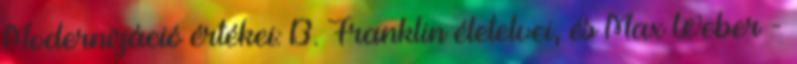
Modernizáció értékei: B. Franklin életelvei, és Max Weber -